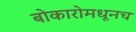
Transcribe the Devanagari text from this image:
बोकारोमधूनच